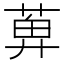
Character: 𬝕